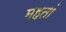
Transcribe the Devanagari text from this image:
महतां